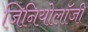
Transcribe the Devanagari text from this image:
जिनियोलॉजी